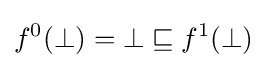
f^{0}(\bot )=\bot \sqsubseteq f^{1}(\bot )